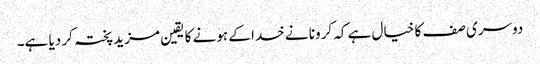
دوسری صف کا خیال ہے کہ کرونا نے خدا کے ہونے کا یقین مزید پختہ کر دیا ہے۔